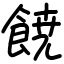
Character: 𩜙